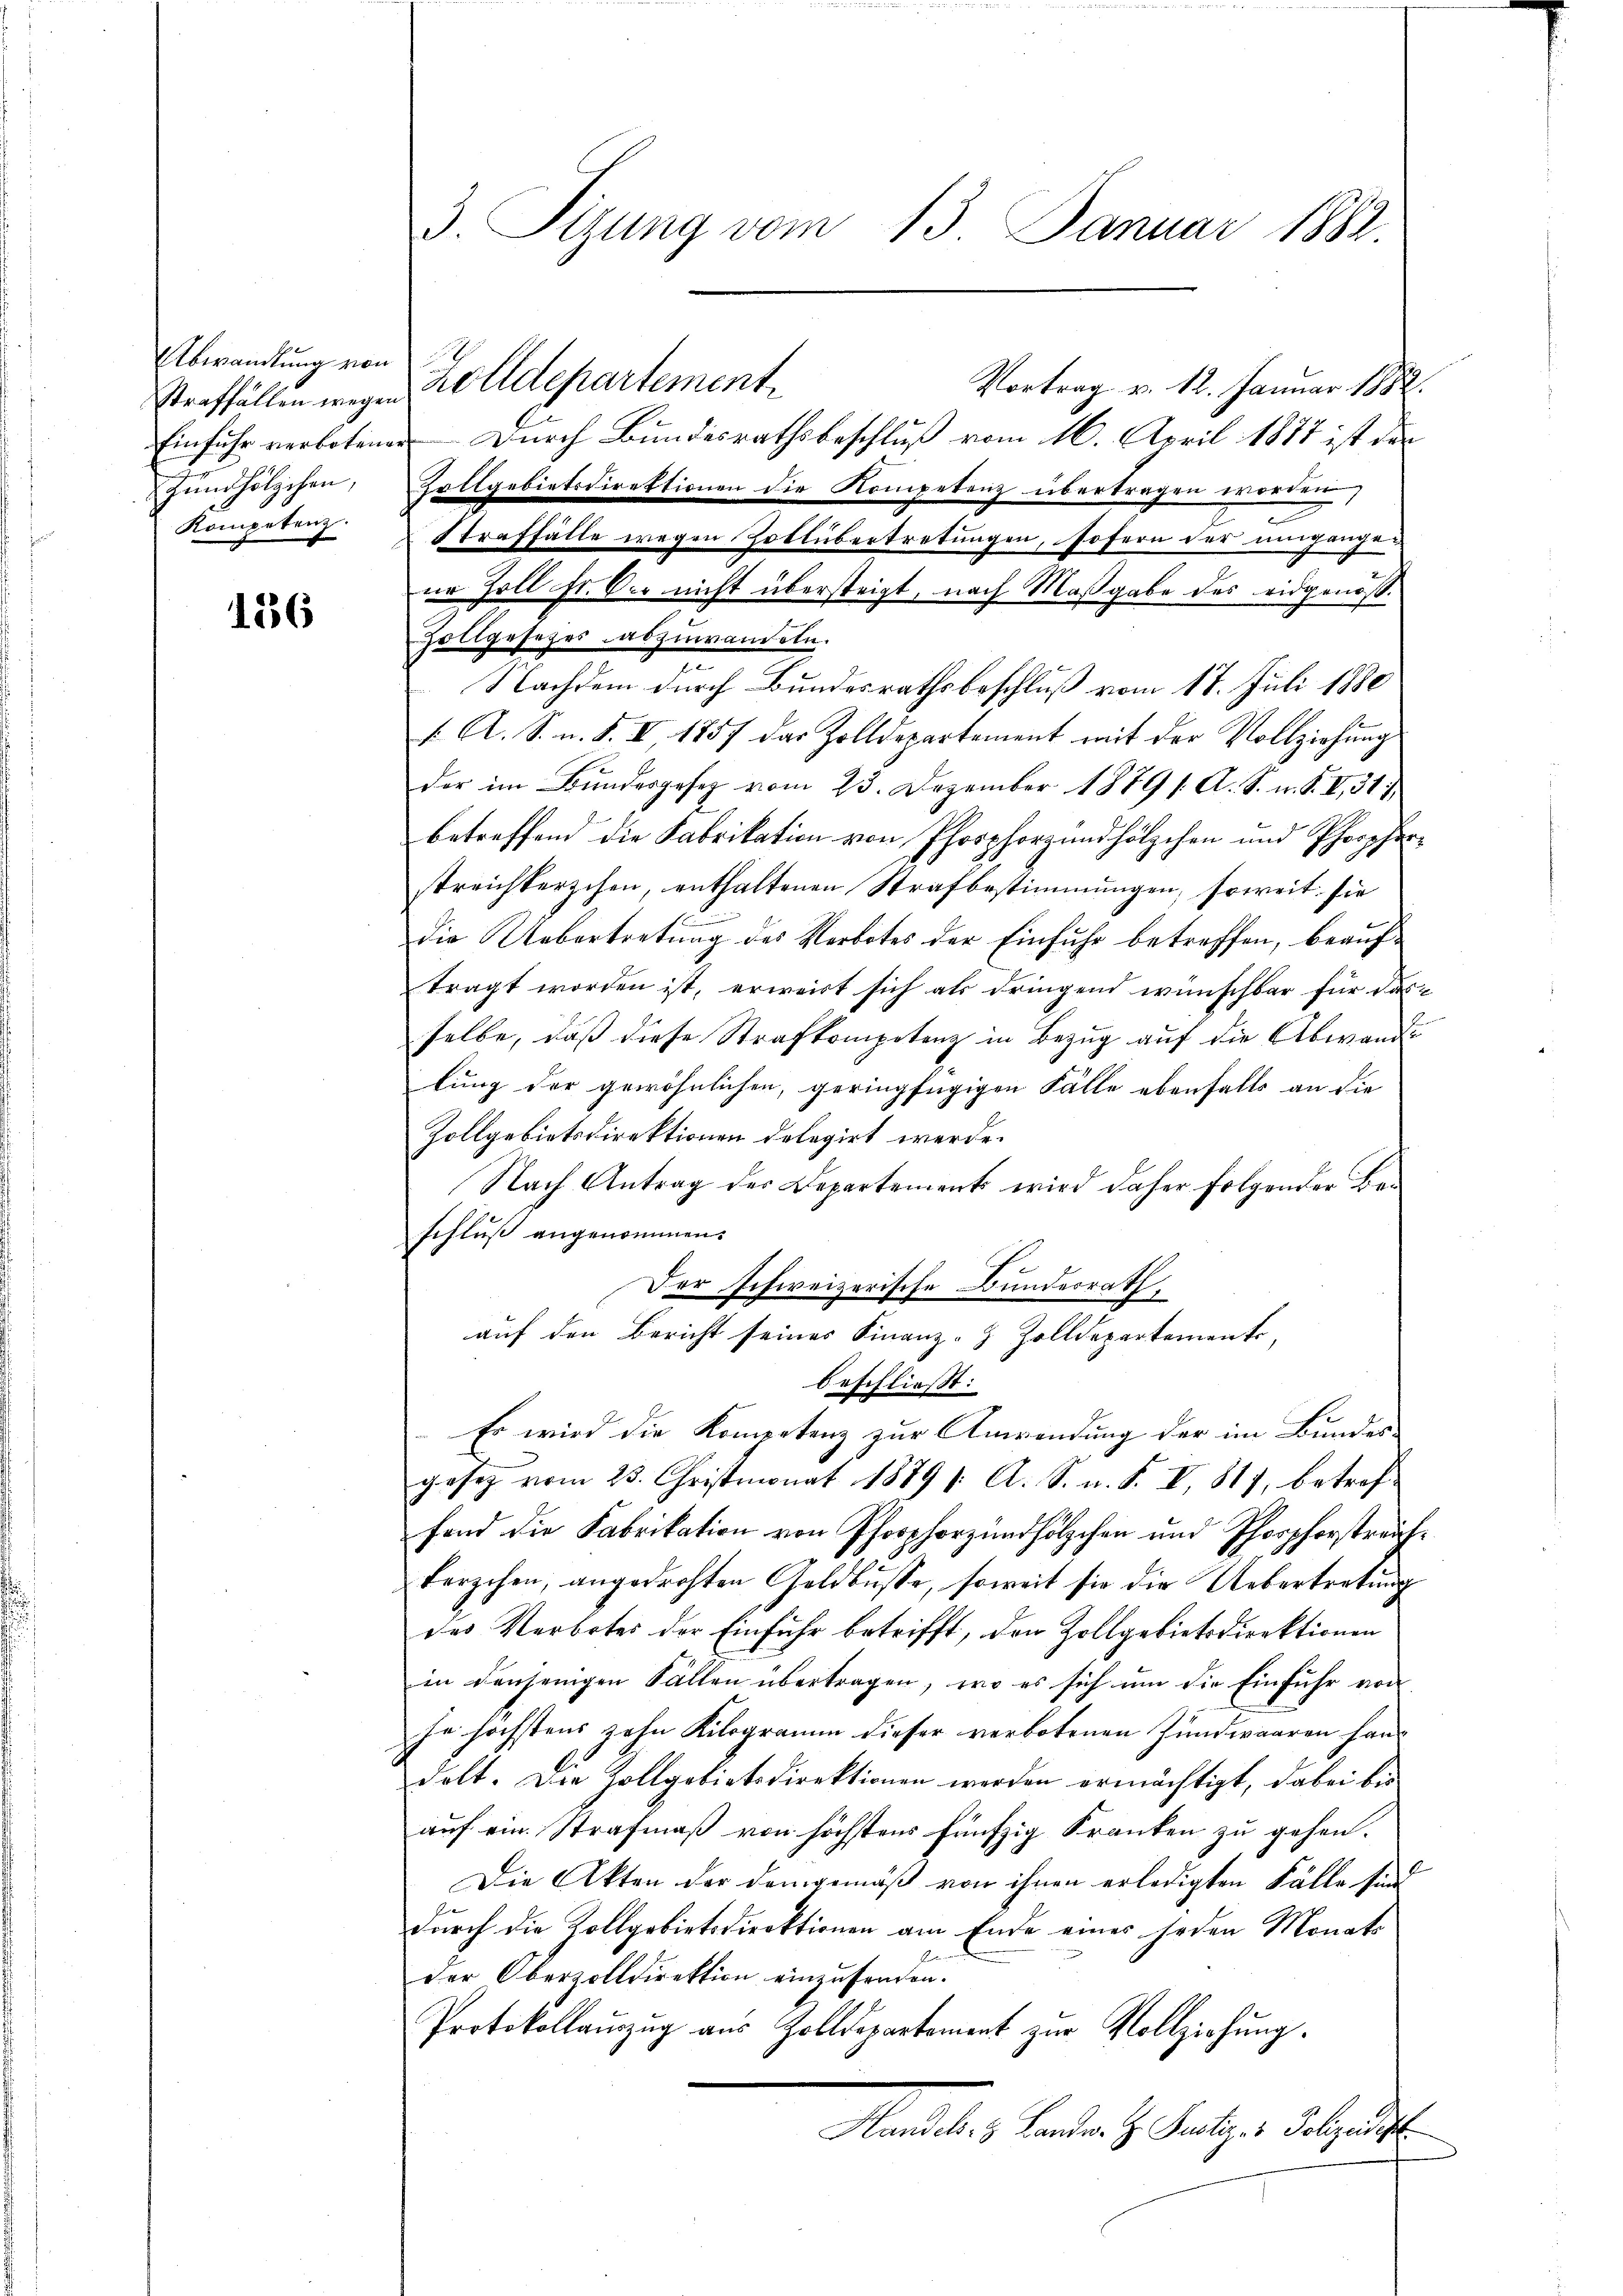
Abwandlung von
Straffällen wegen
Zündhölzchen,
Kompetenz.

1256

Vortrag v. 12. Januar 1882.
Einfuhr verbotenen Durch Bundesrathsbeschluß vom 16. April 1887 ist der
Zollgebietsdirektionen die Kompetenz übertragen worden)
e
Straffälle wegen Zoltübertretungen, sofern der umgangen
ne Zoll Fr. Oer nicht übersteigt, nach Maßgabe des eidgenöß¬
Hollgesetzes abzuwandeln.
Nachdem durch Bundesrathsbeschluß vom 17. Juli 1880
1. A. S. n. F. II, 1857 das Zolldepartement mit der Vollziehung
der im Bŭndesgesetz vom 23. Dezember 1889 s. A. S. u. S. II., 31
betreffend die Fabrikation von Pforphorgundhölzchen und Phoopferstreichterschen, enthaltenen Strafbestimmungen, soweit sie
die Uebertretung des Verbotes der Einfuhr betreffen, beauftragt worden ist, erweist sich als dringend wünschbar für dasselbe, daß diese Strafkompetenz in Bezug auf die Abwande
lung der gewöhnlichen, geringfügigen Fälle ebenfalls an die
Zollgebietsdirektionen delegirt werde.
Nach Antrag der Departements wird daher folgender Beschluß angenommen.
Der schweizerische Bundesrath,
auf den Bericht seines Finanz-Z Zolldepartemento,
beschliesst:
Es wird die Kompetenz zur Anwendung der im Bundes
gesetz vom 23. Christmonat 1879 1. A. S. n. F. VI, 817, betref
fand die Fabrikation von Pforphorzundhölzchen und Phosphorstreichkerzchen, angedrohten Geldbŭsse, soweit sie die Uebertretŭng
des Verbotes der Einfuhr betrifft, den Zollgebietsdirektionen
in denjenigen Fällen übertragen, wo es sich um die Einfuhr von
he höchstens zehn Kilogramm dieser verbotenen Zundwaaren haus
dolt. Die Zollgebietsdirektionen werden ermächtigt, dabei bis
auf ein Strafmaß von höchstens fünfzig Kranken zu gehen.
Die Akten der demgemäß von ihnen erledigten Fälle sind
durch die Zollgebietsdirektionen am Ende eines jeden Monats
der Oberzolldirektion einzusenden.
Protokollauszug aus Zolldepartement zur Vollziehung.
Mandelis Bander z. Satzes desgericht

3. Tizung vom 13. Januar 1882.

Zolldepartement